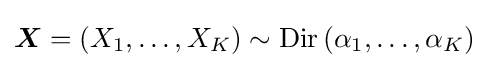
{\boldsymbol {X}}=(X_{1},\ldots ,X_{K})\sim \operatorname {Dir} \left(\alpha _{1},\ldots ,\alpha _{K}\right)